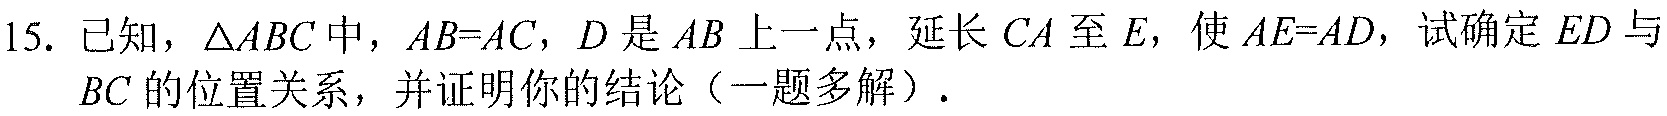
15. 已知，$\triangle ABC$中，$AB = AC$，$D$是$AB$上一点，延长$CA$至$E$，使$AE = AD$，试确定$ED$与$BC$的位置关系，并证明你的结论（一题多解）.